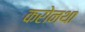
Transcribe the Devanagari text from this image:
करोनथा